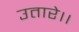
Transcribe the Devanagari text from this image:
उतारे।।